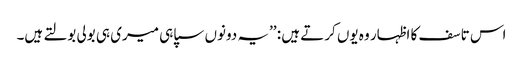
اس تاسف کا اظہار وہ یوں کرتے ہیں : ’’یہ دونوں سپاہی میری ہی بولی بولتے ہیں۔